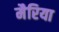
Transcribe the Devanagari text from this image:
मैरिया